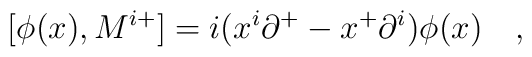
[ \phi(x), M^{i+} ]=i(x^i {\partial}^{+}-x^+{\partial}^i)\phi(x)\quad,